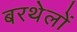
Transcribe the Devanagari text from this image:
बरथेलों